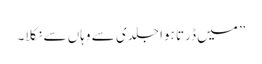
” میں ڈرتا ہوا جلدی سے وہاں سے نکلا۔